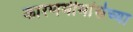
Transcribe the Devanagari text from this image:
कारणमीमांसेच्या